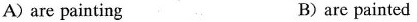
A) are painting B)are painted